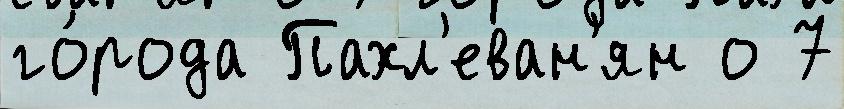
го́рода Пахл'еван'ян о 7